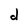
Character: d